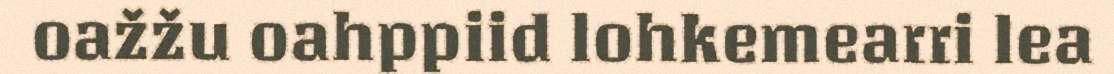
oažžu oahppiid lohkemearri lea